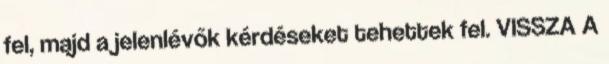
fel, majd a jelenlévők kérdéseket tehettek fel. VISSZA A